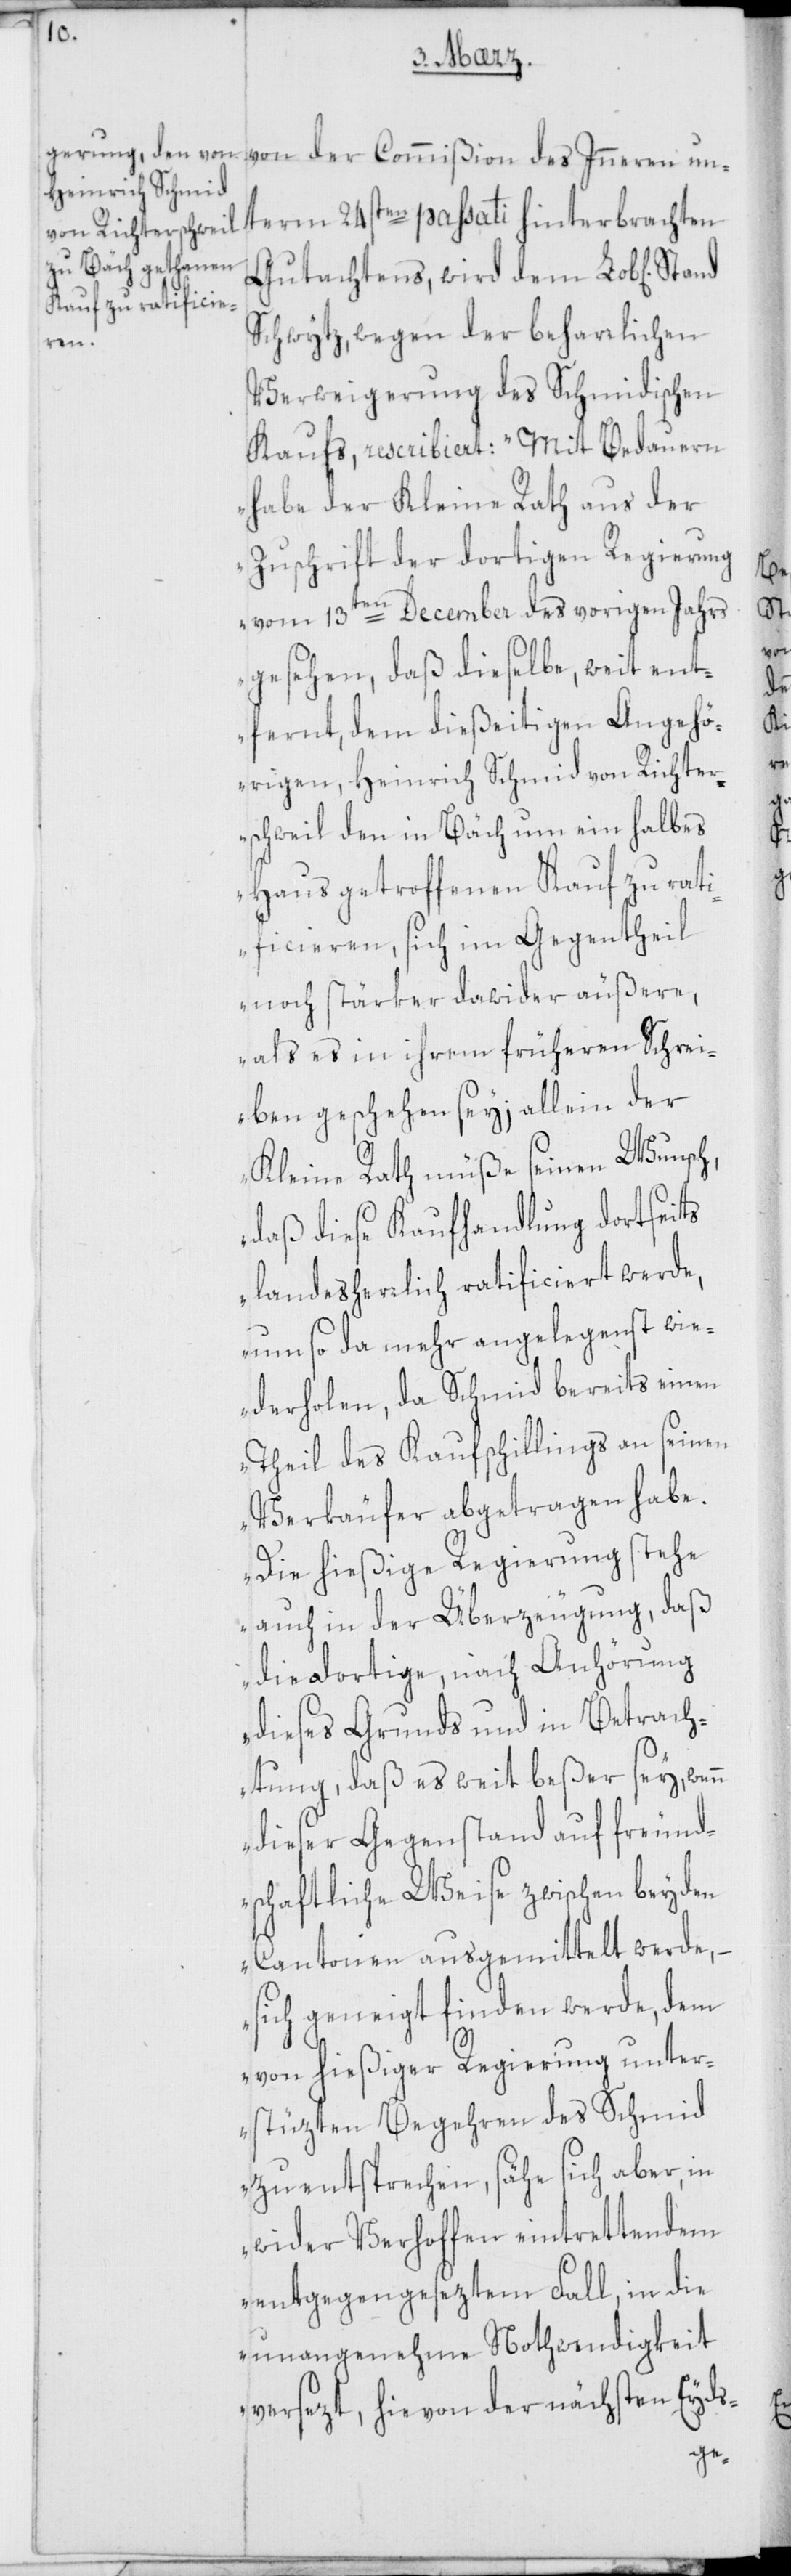
Gutachtens, wird dem Lob[lichen]
Schwytz, wegen der beharrlichen
Verweigerung des Schmidischen
Kaufs, rescribiert: „Mit Bedauern
habe der Kleine Rath aus der
Zuschrift der dortigen Regierung
vom 13ten December des vorigen Jahrs
gesehen, daß dieselbe, weit ent¬
fernt, dem dießeitigen Angehö¬
rigen, Heinrich Schmid von Richter¬
schweil den in Bäch um ein halbes
Haus getroffenen Kauf zu rat¬
ificieren, sich im Gegentheil
noch stärker dawider äußere,
als es in ihrem früheren Schrei¬
ben geschehen sey; allein der
Kleine Rath müße seinen Wunsch,
daß diese Kaufhandlung dortseits
landesherrlich ratificiert werde,
um so da mehr angelegenst wie¬
derholen, da Schmid bereits einen
Theil des Kaufschillings an seinen
Verkäufer abgetragen habe.
Die hießige Regierung stehe
auch in der Überzeugung, daß
die dortige, nach Anhörung
dieses Grunds und in Betrach¬
tung, daß es weit beßer sey, wenn
dieser Gegenstand auf freund¬
schaftliche Weise zwischen beyden
Cantonen ausgemittelt werde, –
sich geneigt finden werde, dem
von hießiger Regierung unter¬
stüzten Begehren des Schmid
zu entsprechen, sähe sich aber, in
wider Verhoffen eintrettendem
entgegengesezten Fall, in die
unangenehme Nothwendigkeit
versezt, hievon der nächsten Eyds-